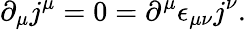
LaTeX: \partial_{\mu}j^{\mu}=0=\partial^{\mu}\epsilon_{\mu\nu}j^{\nu}.